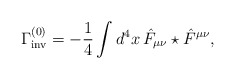
\begin{align*}\Gamma _\mathrm{inv}^{(0)}=-\frac{1}{4}\int d^{4} x \, \hat{F}_{\mu \nu }\star \hat{F}^{\mu \nu},\end{align*}